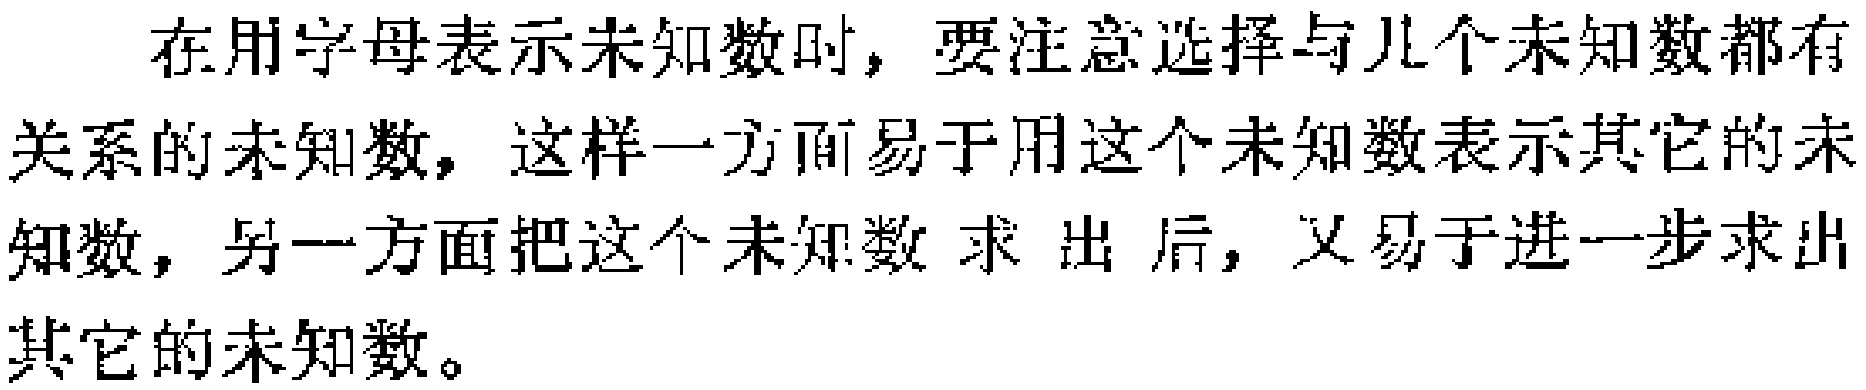
在用字母表示未知数时，要注意选择与几个未知数都有关系的未知数，这样一方面易于用这个未知数表示其它的未知数，另一方面把这个未知数求出后，又易于进一步求出其它的未知数。